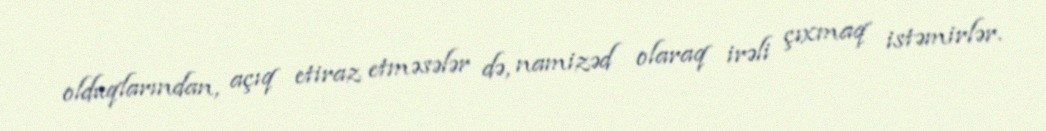
olduqlarından, açıq etiraz etməsələr də, namizəd olaraq irəli çıxmaq istəmirlər.